Rangoon Lunatic Asylum 1878-1892 - 1878-1892
Year: 1878
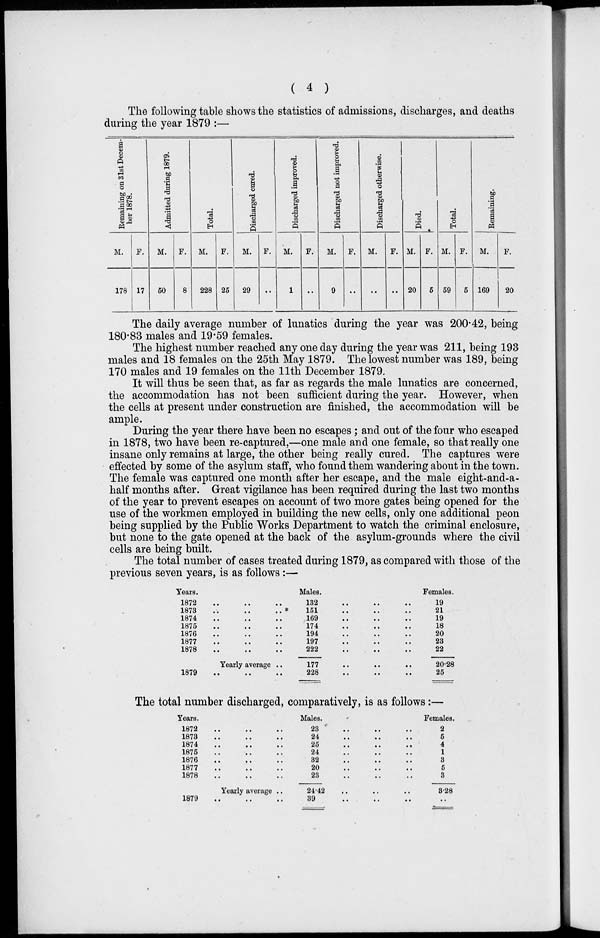
( 4 )
The following table shows the statistics of admissions, discharges, and deaths
during the year 1879 :—
Remaining on 31st Decem-
ber 1878.
M.
178
F.
17
Admitted during 1879.
M.
50
F.
8
Total.
M.
228
F.
25
Discharged cured.
M.
29
F.
..
Discharged improved.
M.
1
F.
..
Discharged not improved.
M.
9
F.
..
Discharged otherwise.
M.
..
F.
..
Died.
M.
20
F.
5
Total.
M.
59
F.
5
Remaining.
M.
169
F.
20
The daily average number of lunatics during the year was 200.42, being
180.83 males and 19.59 females.
The highest number reached any one day during the year was 211, being 193
males and 18 females on the 25th May 1879. The lowest number was 189, being
170 males and 19 females on the 11th December 1879.
It will thus be seen that, as far as regards the male lunatics are concerned,
the accommodation has not been sufficient during the year. However, when
the cells at present under construction are finished, the accommodation will be
ample.
During the year there have been no escapes; and out of the four who escaped
in 1878, two have been re-captured,—one male and one female, so that really one
insane only remains at large, the other being really cured. The captures were
effected by some of the asylum staff, who found them wandering about in the town.
The female was captured one month after her escape, and the male eight-and-a-
half months after. Great vigilance has been required during the last two months
of the year to prevent escapes on account of two more gates being opened for the
use of the workmen employed in building the new cells, only one additional peon
being supplied by the Public Works Department to watch the criminal enclosure,
but none to the gate opened at the back of the asylum-grounds where the civil
cells are being built.
The total number of cases treated during 1879, as compared with those of the
previous seven years, is as follows :—
Years.
1872 .. .. ..
1873 .. .. ..
1874 .. .. ..
1875 .. .. ..
1876 .. .. ..
1877 .. .. ..
1878 .. .. ..
Yearly average ..
1879
..
..
..
Males.
132 .. .. ..
151 .. .. ..
169 .. .. ..
174 .. .. ..
194 .. .. ..
197 .. .. ..
222 .. .. ..
177
..
..
..
228 .. .. ..
Females.
19
21
19
18
20
23
22
20.28
25
The total number discharged, comparatively, is as follows:—
Years.
1872 .. .. ..
1873 .. .. ..
1874 .. .. ..
1875 .. .. ..
1876 .. .. ..
1877
..
..
..
1878 .. .. ..
Yearly average ..
1879
..
..
..
Males.
23
..
..
..
24
..
..
..
25
..
..
..
24
..
..
..
32 .. .. ..
20 .. .. ..
23 .. .. ..
24.42 .. .. ..
39
..
..
..
Females.
2
5
4
1
3
5
3
3.28
..